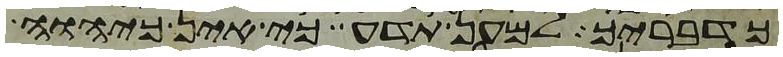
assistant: כדבריך למען תדע כי אין כיהוה